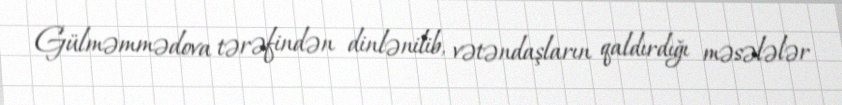
Gülməmmədova tərəfindən dinlənilib, vətəndaşların qaldırdığı məsələlər